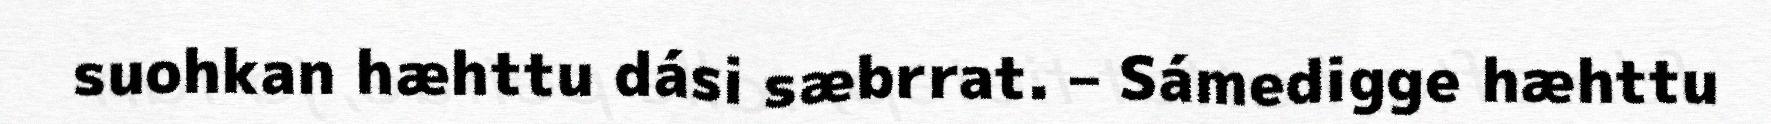
suohkan hæhttu dási sæbrrat. – Sámedigge hæhttu